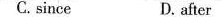
C.since D. after